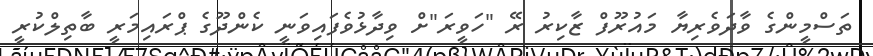
ތަސްމީންގެ ވާދަވެރިޔާ މައުރޫފް ޒާކިރު ރޭ "ހަވީރަ"ށް ވިދާޅުވެފައިވަނީ ކެންދޫގެ ޕްރައިމަރީ ބާތިލްކުރީ